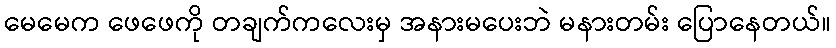
မေမေက ဖေဖေကို တချက်ကလေးမှ အနားမပေးဘဲ မနားတမ်း ပြောနေတယ်။